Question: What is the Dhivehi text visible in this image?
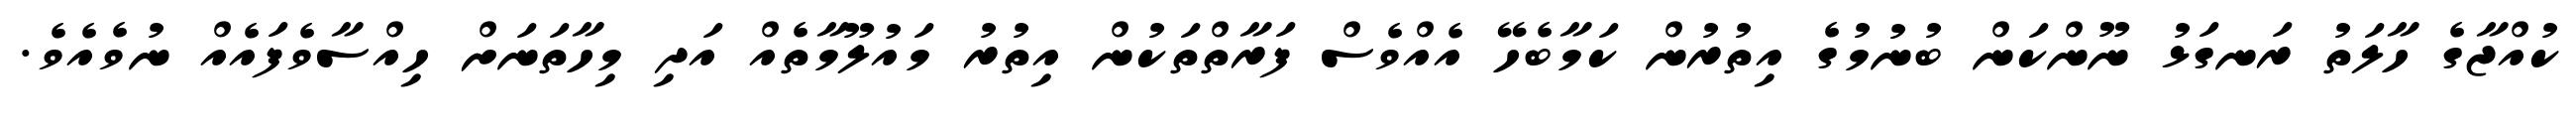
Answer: ކުއްޖާގެ ހާލަތު ރަނގަޅު ނޫންކަން ބުނުމުގެ އިތުރުން ކަމާބެހޭ އެއްވެސް ފަރާތްތަކުން އިތުރު މައުލޫމާތެއް އަދި މިހާތަނަށް ހިއްސާވެފައެއް ނުވެއެވެ.